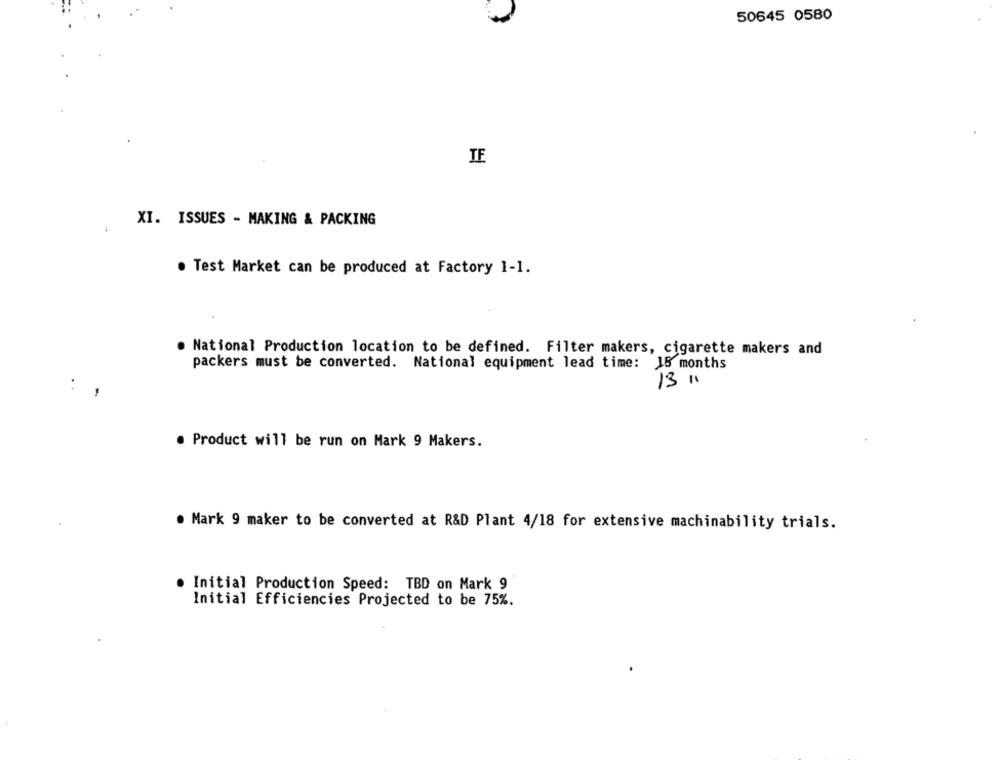
50645 0580
TE
XI. ISSUES - MAKING & PACKING
. Test Market can be produced at Factory 1-1.
. National Production location to be defined. Filter makers, cigarette makers and
packers must be converted. National equipment lead time: 15 months
13 11
:
. Product will be run on Mark 9 Makers.
. Mark 9 maker to be converted at R&D Plant 4/18 for extensive machinability trials.
Initial Production Speed: TBD on Mark 9
Initial Efficiencies Projected to be 75%.